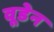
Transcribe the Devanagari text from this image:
वूडेन